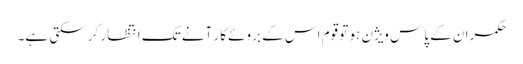
حکمران کے پاس ویژن ہو تو قوم اس کے بروئے کار آنے تک انتظار کر سکتی ہے۔